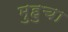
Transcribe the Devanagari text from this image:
मुहुचा